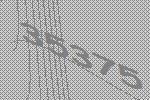
35375